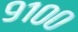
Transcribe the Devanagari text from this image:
९१००